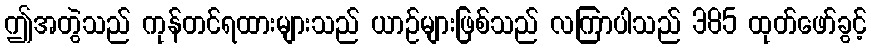
ဤအတွဲသည် ကုန်တင်ရထားများသည် ယာဉ်များဖြစ်သည် လကြာပါသည် 385 ထုတ်ဖော်ခွင့်